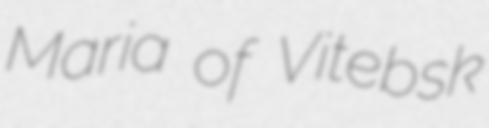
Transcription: Maria of Vitebsk